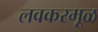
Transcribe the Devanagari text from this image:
लवकरमूळ